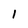
Character: 1